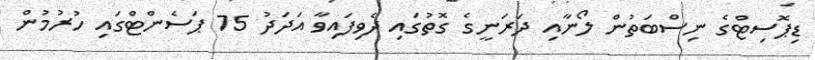
ޑިޕޮސިޓްގެ ނިސްބަތުން ލޯނާއި ދަރަނީގެ ގޮތުގައި ދެވިފައިވާ އަދަދު 75 ޕަސެންޓްގައި ހުރުމުން